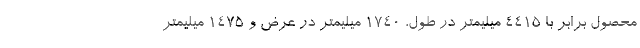
محصول برابر با 4415 میلیمتر در طول، 1740 میلیمتر در عرض و 1475 میلیمتر